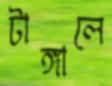
টাঙ্গালে